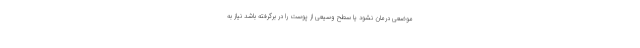
موضعی درمان نشود یا سطح وسیعی از پوست را در برگرفته باشد نیاز به